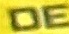
DE